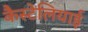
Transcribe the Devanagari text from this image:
कैस्टेलियाई